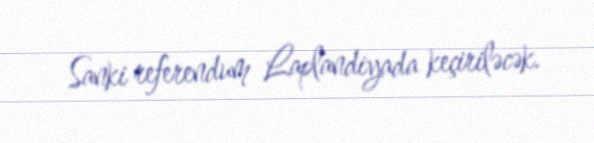
Sanki referendum Laplandiyada keçiriləcək.